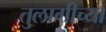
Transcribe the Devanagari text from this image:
तुलागीच्या